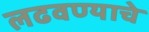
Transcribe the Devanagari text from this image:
लढवण्याचे